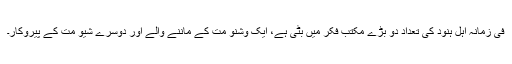
فی زمانہ اہل ہنود کی تعداد دو بڑے مکتب فکر میں بٹی ہے، ایک وشنو مت کے ماننے والے اور دوسرے شیو مت کے پیروکار۔